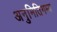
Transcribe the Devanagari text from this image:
अनुमितिगम्य